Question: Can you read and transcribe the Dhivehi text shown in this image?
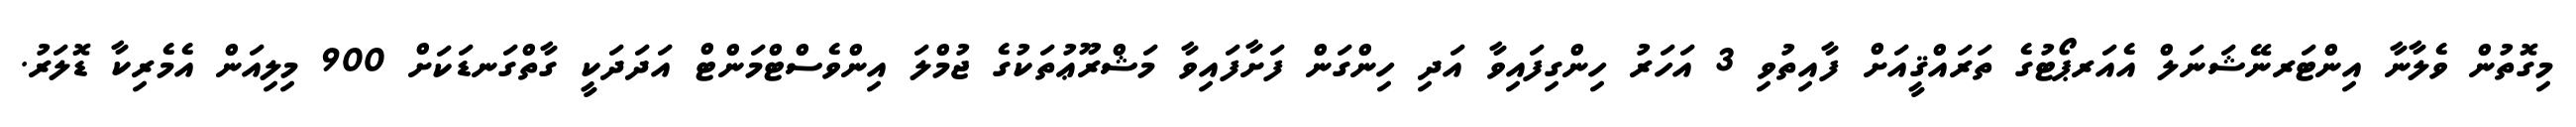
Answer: މިގޮތުން ވެލާނާ އިންޓަރނޭޝަނަލް އެއަރޕޯޓުގެ ތަރައްޤީއަށް ފާއިތުވި 3 އަހަރު ހިންގިފައިވާ އަދި ހިންގަން ފަށާފައިވާ މަޝްރޫޢުތަކުގެ ޖުމްލަ އިންވެސްޓްމަންޓް އަދަދަކީ ގާތްގަނޑަކަށް 900 މިލިއަން އެމެރިކާ ޑޮލަރު.